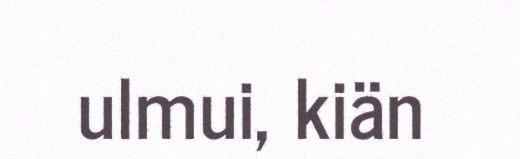
ulmui, kiän